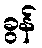
ခွန်